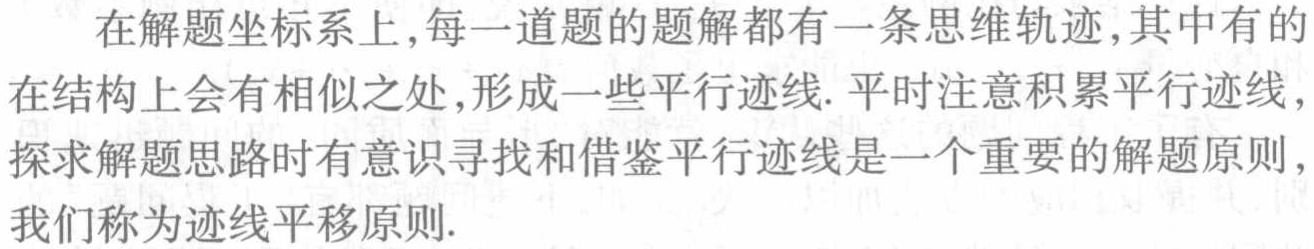
在解题坐标系上,每一道题的题解都有一条思维轨迹,其中有的在结构上会有相似之处,形成一些平行迹线. 平时注意积累平行迹线,探求解思路时有意识寻找和借鉴平行迹线是一个重要的解题原则,我们称为迹线平移原则.